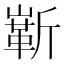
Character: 𪩗